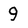
Character: 9